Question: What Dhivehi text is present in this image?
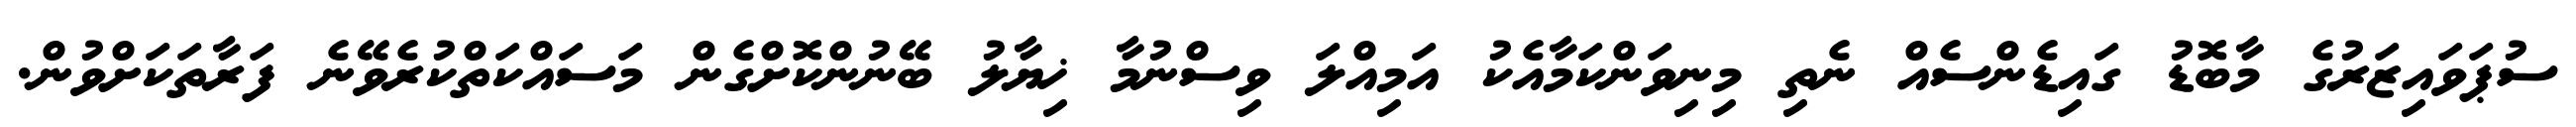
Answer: ސުޕަވައިޒަރުގެ މާބޮޑު ގައިޑެންސެއް ނެތި މިނިވަންކަމާއެކު އަމިއްލަ ވިސްނުމާ ޚިޔާލު ބޭނުންކޮށްގެން މަސައްކަތްކުރެވޭނެ ފަރާތަކަށްވުން.